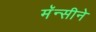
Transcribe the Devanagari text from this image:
मॅन्सीने